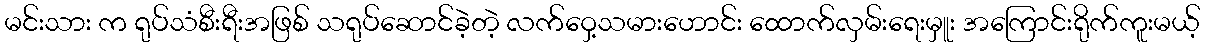
မင်းသား က ရုပ်သံစီးရီးအဖြစ် သရုပ်ဆောင်ခဲ့တဲ့ လက်ဝှေ့သမားဟောင်း ထောက်လှမ်းရေးမှူး အကြောင်းရိုက်ကူးမယ့်